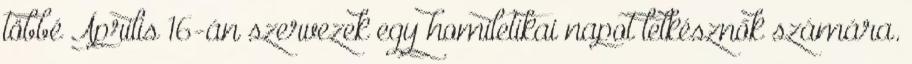
többé Április 16-án szervezek egy homiletikai napot lelkésznők számára.